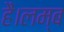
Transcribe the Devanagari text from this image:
हैं।लम्ब